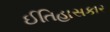
ઈતિહાસકાર